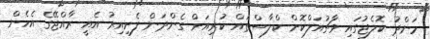
މަންދު ކޮލެޖުގައި ވާޗުއަލްކޮށް ކްލާސްތައް ކުރިއަށް ގެންދަން ފެށިއިރު އެއީ ރާއްޖޭގެ އެހެން